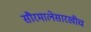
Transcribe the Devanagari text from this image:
सौरमालेसारखीच